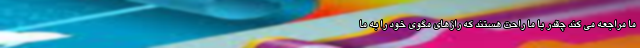
ما مراجعه می کند چقدر با ما راحت هستند که رازهای مگوی خود را به ما